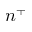
n ^ { + }